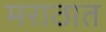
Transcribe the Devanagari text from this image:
मराठात